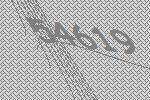
54619